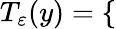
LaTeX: T_{\varepsilon}(y)=\left\{ \begin{array}{rlr}\end{array}\right.